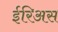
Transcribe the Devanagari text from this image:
ईरिअस